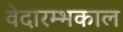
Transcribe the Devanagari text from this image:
वेदारम्भकाल